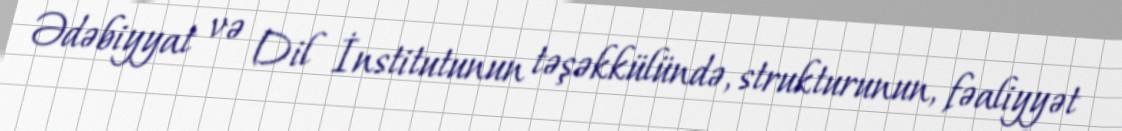
Ədəbiyyat və Dil İnstitutunun təşəkkülündə, strukturunun, fəaliyyət